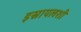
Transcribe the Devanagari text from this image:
इस्रायलशी